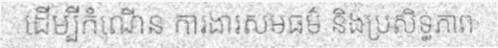
ដើម្បីកំណើន ការងារសមធម៌ និងប្រសិទ្ធភាព